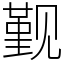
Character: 觐